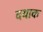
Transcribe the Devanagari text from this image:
दयाक